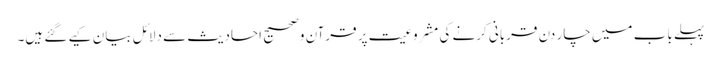
پہلے باب میں چار دن قربانی کرنے کی مشروعیت پر قرآن وصحیح احادیث سے دلائل بیان کیے گئے ہیں۔